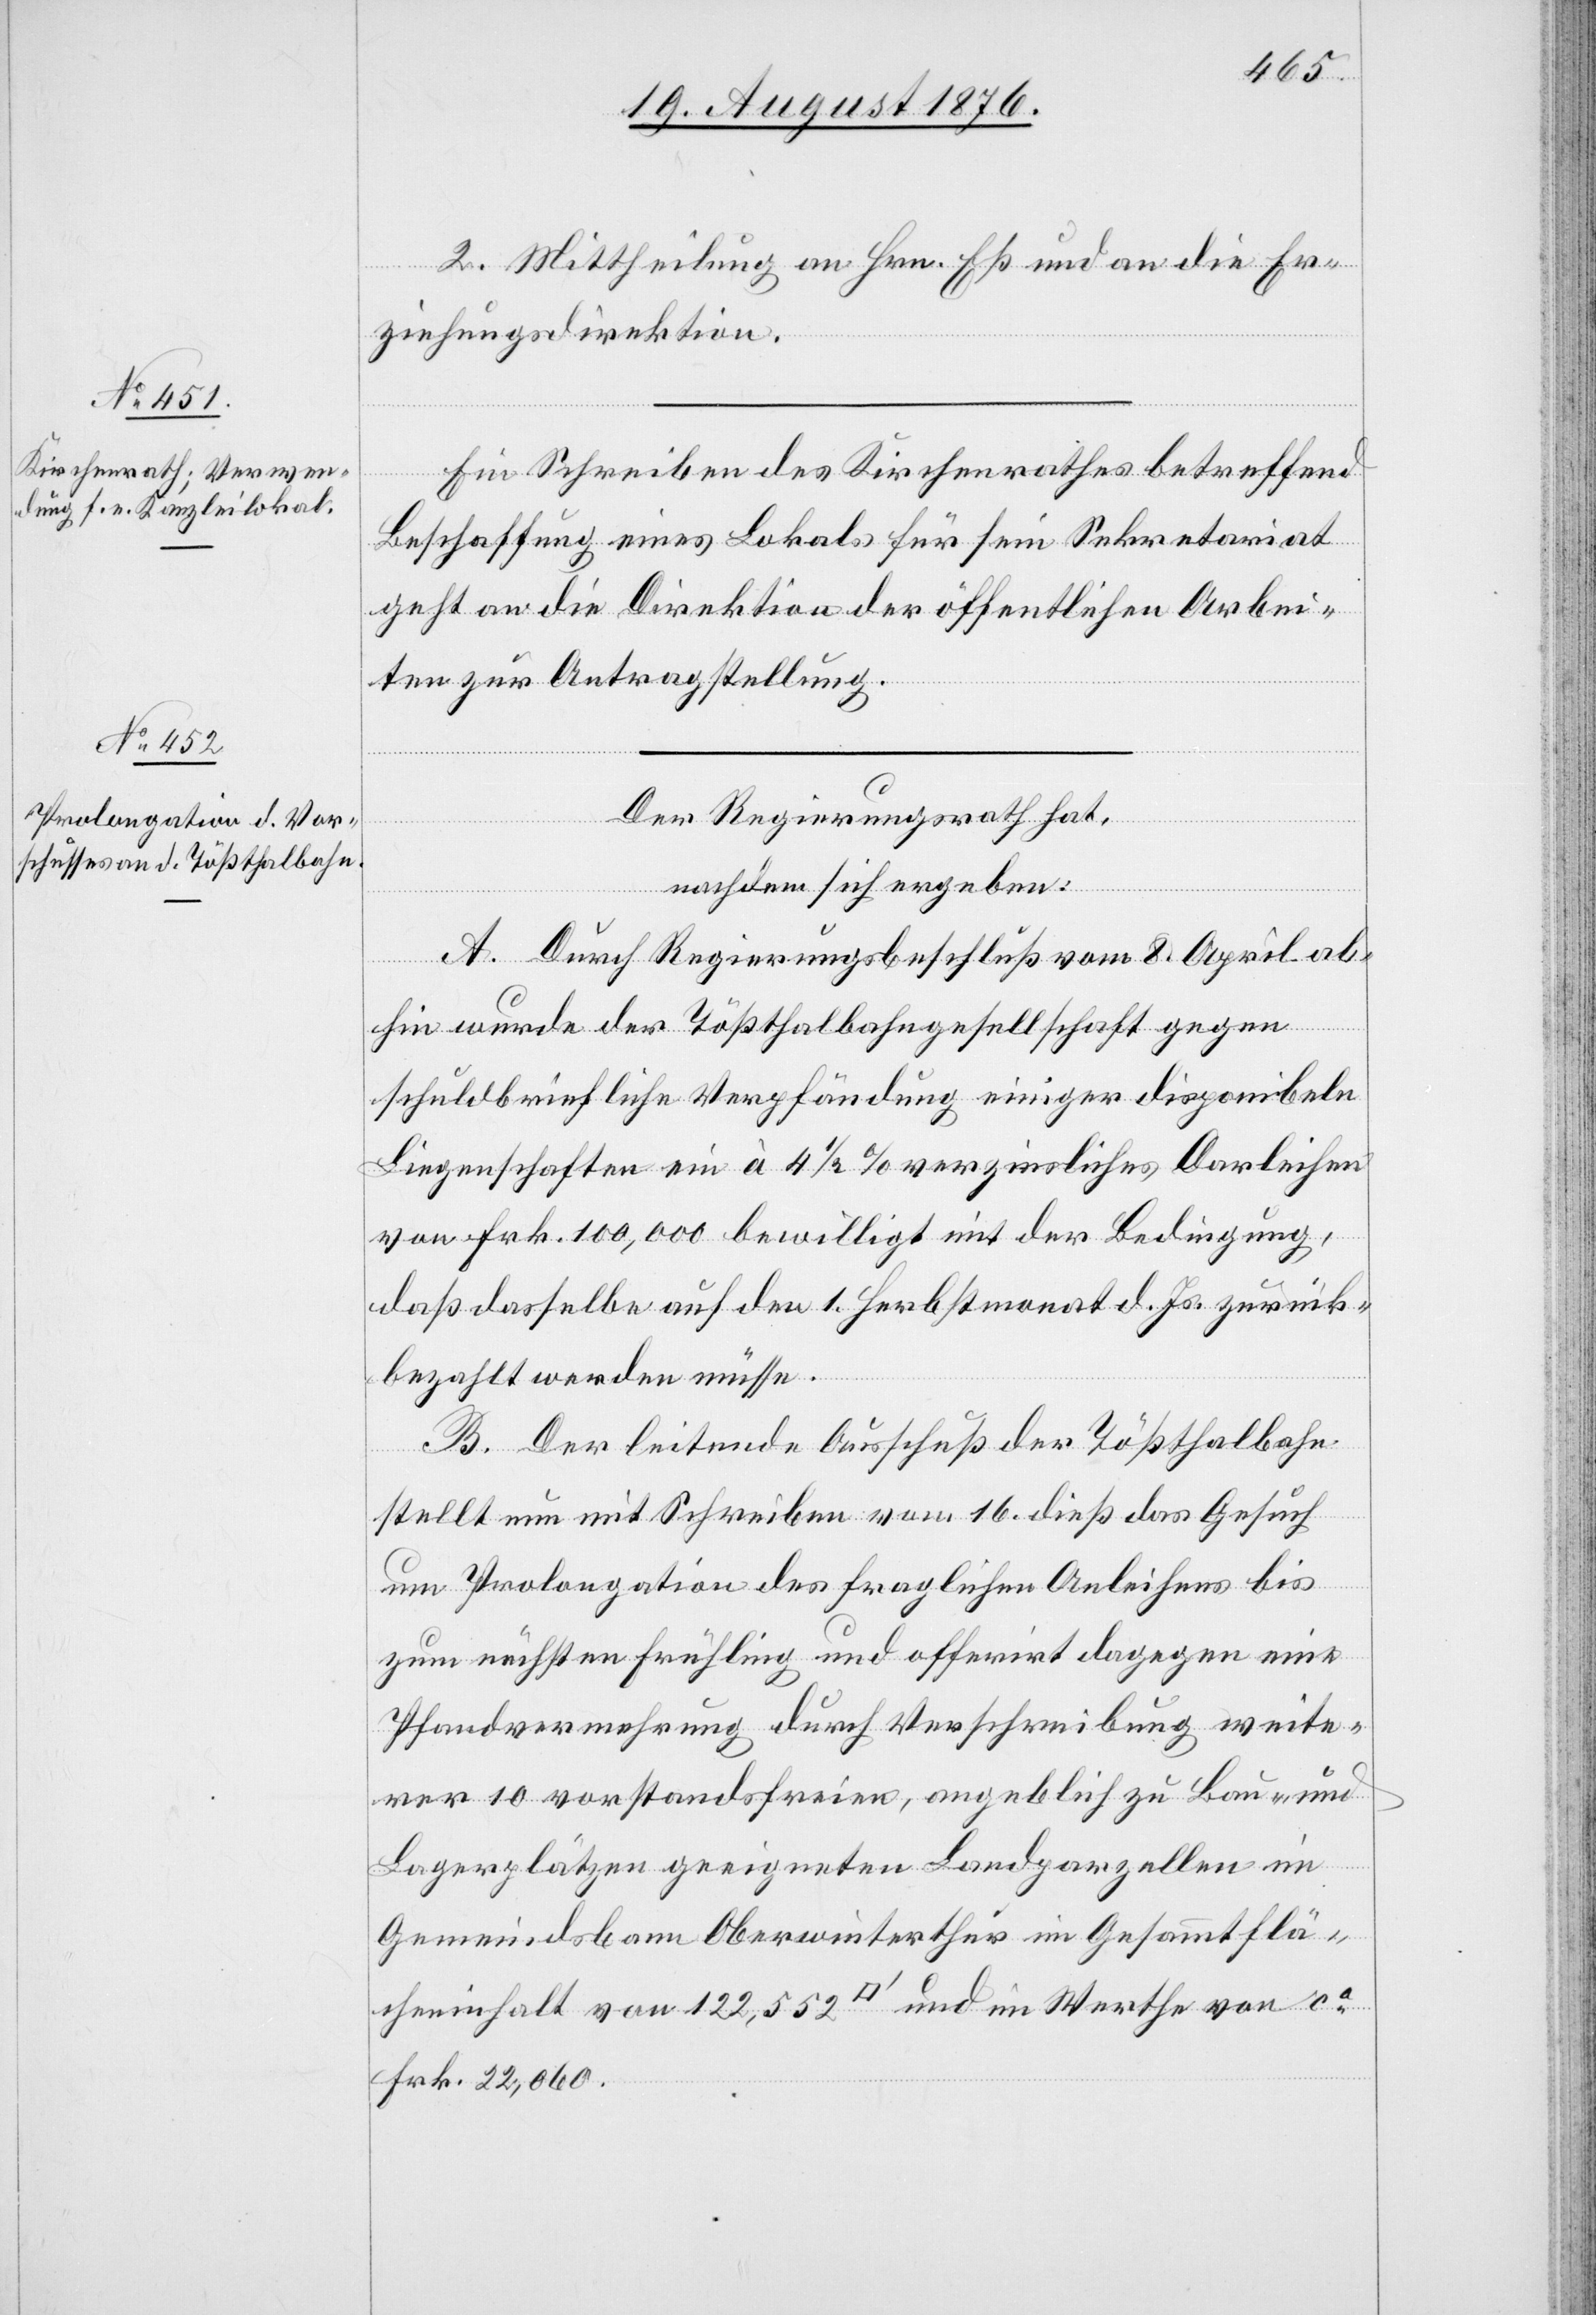
2. Mittheilung an Hrn. Eß und an die Er¬
ziehungsdirektion.
Ein Schreiben des Kirchenrathes betreffend
Beschaffung eines Lokals für sein Sekretariat
geht an die Direktion der öffentlichen Arbei¬
ten zur Antragstellung.
Der Regierungsrath hat
nachdem sich ergeben:
A. Durch Regierungsbeschluß vom 8. April ab¬
hin wurde der Tößthalbahngesellschaft gegen
schuldbriefliche Verpfändung einiger disponibeln
Liegenschaften ein à 4 1/2 % verzinsliches Darleihen
von Frk. 100,000 bewilligt mit der Bedingung,
daß dasselbe auf den 1. Herbstmonat d. Js. zurück¬
bezahlt werden müsse.
B. Der leitende Ausschuß der Tößthalbahn
stellt nun mit Schreiben vom 16. dieß das Gesuch
um Prolongation des fraglichen Anleihens bis
zum nächsten Frühling und offerirt dagegen eine
Pfandvermehrung durch Verschreibung weite¬
rer 10 vorstandsfreien, angeblich zu Bau- und
Lagerplätzen geeigneten Landparzellen im
Gemeindsbann Oberwinterthur im Gesammtflä¬
cheninhalt von 122,552 [Quadratfuss] und im Werthe von ca
Frk. 22,060.